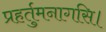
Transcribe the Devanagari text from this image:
प्रहर्तुमनागसि।